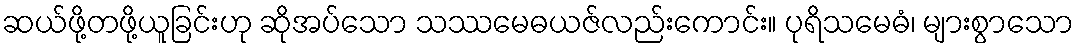
ဆယ်ဖို့တဖို့ယူခြင်းဟု ဆိုအပ်သော သဿမေဓယဇ်လည်းကောင်း။ ပုရိသမေဓံ၊ များစွာသော